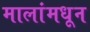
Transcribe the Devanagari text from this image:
मालांमधून